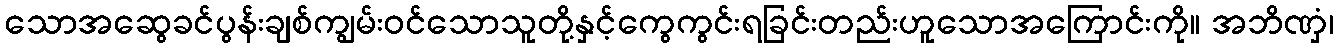
သောအဆွေခင်ပွန်းချစ်ကျွမ်းဝင်သောသူတို့နှင့်ကွေကွင်းရခြင်းတည်းဟူသောအကြောင်းကို။ အဘိဏှံ၊